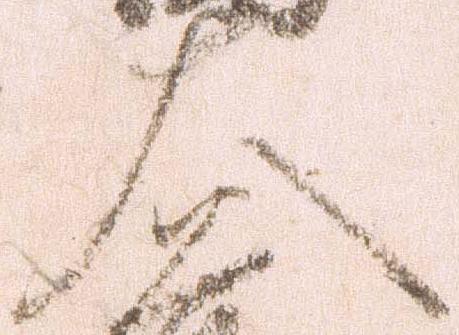
大